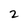
Character: 2